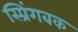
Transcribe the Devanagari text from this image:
स्प्रिंगबक